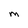
Character: M